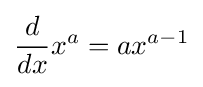
{\frac {d}{dx}}x^{a}=ax^{a-1}